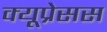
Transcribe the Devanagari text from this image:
क्यूप्रेसस